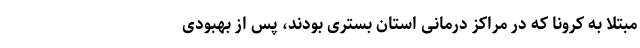
مبتلا به کرونا که در مراکز درمانی استان بستری بودند، پس از بهبودی